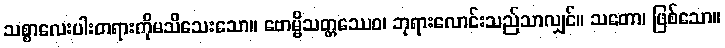
သစ္စာလေးပါးတရားကိုမသိသေးသော။ ဗောမ္ဗိသတ္တဿေဝ၊ ဘုရားလောင်းသည်သာလျှင်။ သတော၊ ဖြစ်သော။